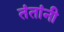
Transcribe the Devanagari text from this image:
तंतांनी